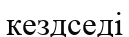
кездседі